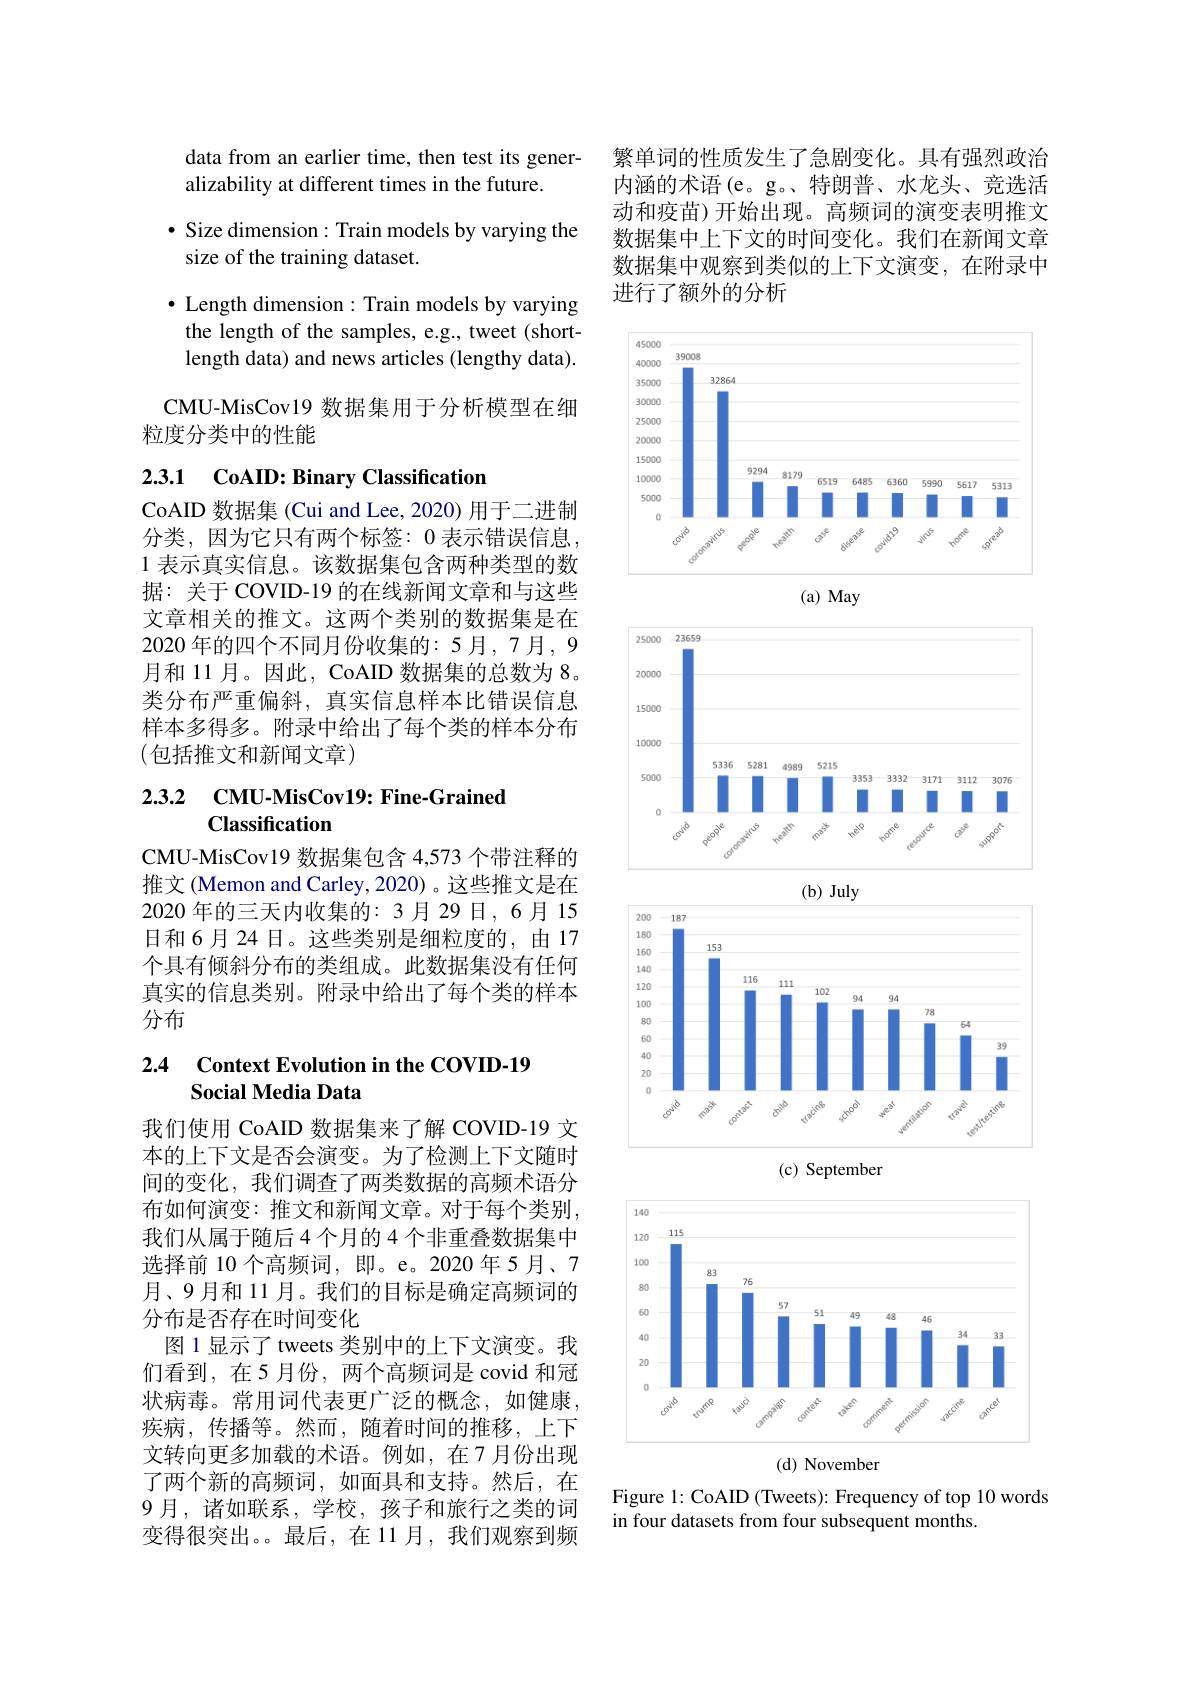
data from an earlier time, then test its gener-
alizability at different times in the future.
$\bullet$ Size dimension: Train models by varying the
size of the training dataset.
$\bullet$ Length dimension: Train models by varying the length of the samples, e.g., tweet (shortlength data) and news articles (lengthy data).

CMU-MisCov19 数据集用于分析模型在细
粒度分类中的性能

2.3.1 CoAID: Binary Classification

CoAID 数据集 (Cui and Lee, 2020) 用于二进制分类，因为它只有两个标签：0 表示错误信息， 1 表示真实信息。该数据集包含两种类型的数据：关于 COVID-19 的在线新闻文章和与这些文章相关的推文。这两个类别的数据集是在2020 年的四个不同月份收集的：5月，7月，9月和 11 月。因此，CoAID 数据集的总数为 8。类分布严重偏斜，真实信息样本比错误信息样本多得多。附录中给出了每个类的样本分布(包括推文和新闻文章)

# $\begin{array}{ll}2.3.2&\mathrm{CMU-MisCov19:~Fine-Grained}\\&\mathrm{Classification}\end{array}$

CMU-MisCov19 数据集包含 4,573 个带注释的推文 (Memon and Carley, 2020) 。这些推文是在2020 年的三天内收集的：3 月 29 日，6月 15日和6月24日。这些类别是细粒度的，由 17个具有倾斜分布的类组成。此数据集没有任何真实的信息类别。附录中给出了每个类的样本分布

## 2.4 Context Evolution in the COVID-19 Social Media Data

我们使用 CoAID 数据集来了解 COVID-19 文本的上下文是否会演变。为了检测上下文随时间的变化，我们调查了两类数据的高频术语分布如何演变：推文和新闻文章。对于每个类别， 我们从属于随后 4 个月的 4 个非重叠数据集中选择前 10 个高频词，即。e。2020年5月、7月、9月和 11 月。我们的目标是确定高频词的分布是否存在时间变化
图1显示了tweets 类别中的上下文演变。我们看到，在5月份，两个高频词是 covid 和冠状病毒。常用词代表更广泛的概念，如健康疾病，传播等。然而，随着时间的推移，上下文转向更多加载的术语。例如，在7月份出现了两个新的高频词，如面具和支持。然后，在9月，诸如联系，学校，孩子和旅行之类的词变得很突出。最后，在11月，我们观察到频

繁单词的性质发生了急剧变化。具有强烈政治内涵的术语(e。g。、特朗普、水龙头、竞选活动和疫苗)开始出现。高频词的演变表明推文数据集中上下文的时间变化。我们在新闻文章数据集中观察到类似的上下文演变，在附录中进行了额外的分析

<FigureHere>

Figure 1: CoAID (Tweets): Frequency of top 10 words

in four datasets from four subsequent months.